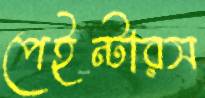
পেইন্টারস